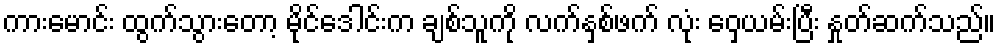
ကားမောင်း ထွက်သွားတော့ မိုင်ဒေါင်းက ချစ်သူကို လက်နှစ်ဖက် လုံး ဝှေ့ယမ်းပြီး နှုတ်ဆက်သည်။